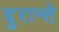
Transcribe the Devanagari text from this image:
दुरान्ते